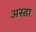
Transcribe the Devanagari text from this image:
अस्डा